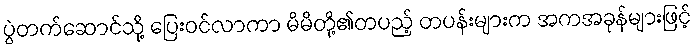
ပွဲတက်ဆောင်သို့ ပြေးဝင်လာကာ မိမိတို့၏တပည့် တပန်းများက အကအခုန်များဖြင့်